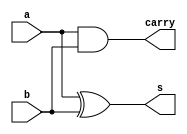
// ------------------------- 
// Exemplo0031  
// Aluna: Ursula Rosa Monteiro de Castro	
// ------------------------- 
 
// ------------------------- 
//  halfAdder 
// ------------------------- 
module halfAdder (output s, output carry, input a, input b); 
xor(s,a,b);
and(carry,a,b);

endmodule // halfAdder
 
// ------------------------- 
//  fullAdder 
// ------------------------- 
module fullAdder (output s, output carry, input carryIn, input a, input b); 
wire [5:0] soma;										 
xor(soma[0],a,b);
xor(s,soma[0],carryIn);

and(soma[1],a,b);
and(soma[2],b,carryIn);
and(soma[3],a, carryIn);
or(soma[4],soma[1],soma[2]);
or(carry,soma[3],soma[4]);

endmodule // fullAdder


// ------------------------- 
//  comp2 
// ------------------------- 
module comp2 (output [5:0]s, input[5:0] a); 

wire val1;
wire aux[5:0];
wire carry[5:0];

not(aux[0],a[0]);
not(aux[1],a[1]);
not(aux[2],a[2]);
not(aux[3],a[3]);
not(aux[4],a[4]);
not(aux[5],a[5]);
or (val1, a[0],aux[0]);

halfAdder hA1 (s[0], carry[0], aux[0], val1);
halfAdder hA2 (s[1], carry[1], aux[1], carry[0]);
halfAdder hA3 (s[2], carry[2], aux[2], carry[1]);
halfAdder hA4 (s[3], carry[3], aux[3], carry[2]);
halfAdder hA5 (s[4], carry[4], aux[4], carry[3]);
halfAdder hA6 (s[5], carry[5], aux[5], carry[4]);

endmodule //comp2

// ------------------------- 
//  alu 
// ------------------------- 
module alu (output [5:0]s, input[5:0] a, input[5:0]b, input key); 
//----soma
wire [5:0] auxsoma;
wire [5:0] soma;
wire [5:0] carryOut;
wire nkey;

halfAdder halfAdder1(auxsoma[0], carryOut[0], a[0],b[0]);
fullAdder fullAdder1(auxsoma[1], carryOut[1], carryOut[0], a[1],b[1]);
fullAdder fullAdder2(auxsoma[2], carryOut[2], carryOut[1], a[2],b[2]);
fullAdder fullAdder3(auxsoma[3], carryOut[3], carryOut[2], a[3],b[3]);
fullAdder fullAdder4(auxsoma[4], carryOut[4], carryOut[3], a[4],b[4]);
fullAdder fullAdder5(auxsoma[5], carryOut[5], carryOut[4], a[5],b[5]);

not (nkey, key);
and(soma[0],auxsoma[0],nkey);
and(soma[1],auxsoma[1],nkey);
and(soma[2],auxsoma[2],nkey);
and(soma[3],auxsoma[3],nkey);
and(soma[4],auxsoma[4],nkey);
and(soma[5],auxsoma[5],nkey);

//----subtracao

wire [5:0] sub;
wire [5:0] auxsub;
wire [5:0] carryOut2;
wire [5:0] b2;
comp2 comp21(b2, b);
halfAdder halfAdder2(auxsub[0], carryOut2[0], a[0],b2[0]);
fullAdder fullAdder6(auxsub[1], carryOut2[1], carryOut2[0], a[1],b2[1]);
fullAdder fullAdder7(auxsub[2], carryOut2[2], carryOut2[1], a[2],b2[2]);
fullAdder fullAdder8(auxsub[3], carryOut2[3], carryOut2[2], a[3],b2[3]);
fullAdder fullAdder9(auxsub[4], carryOut2[4], carryOut2[3], a[4],b2[4]);
fullAdder fullAdder10(auxsub[5], carryOut2[5], carryOut2[4], a[5],b2[5]);

and(sub[0],auxsub[0],key);
and(sub[1],auxsub[1],key);
and(sub[2],auxsub[2],key);
and(sub[3],auxsub[3],key);
and(sub[4],auxsub[4],key);
and(sub[5],auxsub[5],key);

or (s[0],soma[0],sub[0]);
or (s[1],soma[1],sub[1]);
or (s[2],soma[2],sub[2]);
or (s[3],soma[3],sub[3]);
or (s[4],soma[4],sub[4]);
or (s[5],soma[5],sub[5]);
endmodule //alu



module test_fullAdder;

//---------------definindo dados
reg [5:0] a;
reg [5:0] b;
wire [5:0] resultado;
reg carry;

alu alu1(resultado,a,b,carry);
 
// ------------------------- parte principal 
 initial begin 
      $display("Exemplo0031 - Ursula Rosa - 427468 "); 
      $display("Test ALU");
		a=6'b100001;b=6'b100011;carry=1;
		$display("A        B      RESULTADO");
		$monitor("%b  %b = %b",a,b,resultado);
		#1 a=6'b100001;b=6'b100011;carry=0;
		#1 a=6'b101101;b=6'b101011;carry=1;
		#1 a=6'b101101;b=6'b101011;carry=0;
		#1 a=6'b100111;b=6'b110011;carry=1;
		#1 a=6'b100111;b=6'b110011;carry=0;
 
 
 end 
 
endmodule // test_fullAdder